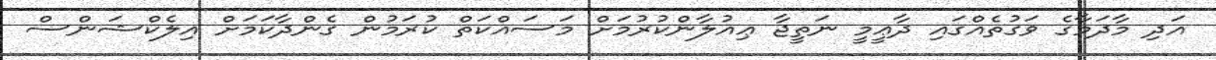
އަދި މާދަމާގެ ވަގުތެއްގައި ދާޢީމީ ނަތީޖާ ޢިއުލާންކުރުމަށް މަސައްކަތް ކުރަމުން ގެންދާކަމަށް އިލެކްޝަންސް